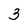
Character: 3